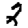
Digit: 2